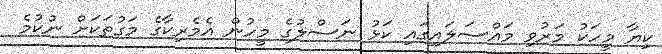
ކިޔާ މީހަކު މަރުވި މައްސަލައިގައި ކަޅު ނަސްލުގެ މީހުން އެމެރިކާގެ މަގުތަކަށް ނުކުމެ